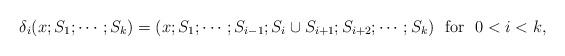
LaTeX: \begin{align*}\delta_i(x; S_1; \cdots ; S_k) = (x; S_1; \cdots ; S_{i-1}; S_i \cup S_{i+1}; S_{i+2}; \cdots ; S_k) \ \ \mathrm{ for} \ \ 0 < i < k, \end{align*}